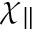
\chi _ { \parallel }